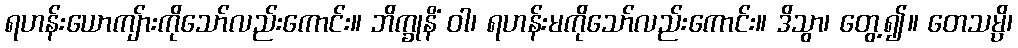
ရဟန်းယောကျ်ားကိုသော်လည်းကောင်း။ ဘိက္ခုနိံ ဝါ၊ ရဟန်းမကိုသော်လည်းကောင်း။ ဒိသွာ၊ တွေ့၍။ တေသမ္ပိ၊